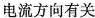
电流方向有关